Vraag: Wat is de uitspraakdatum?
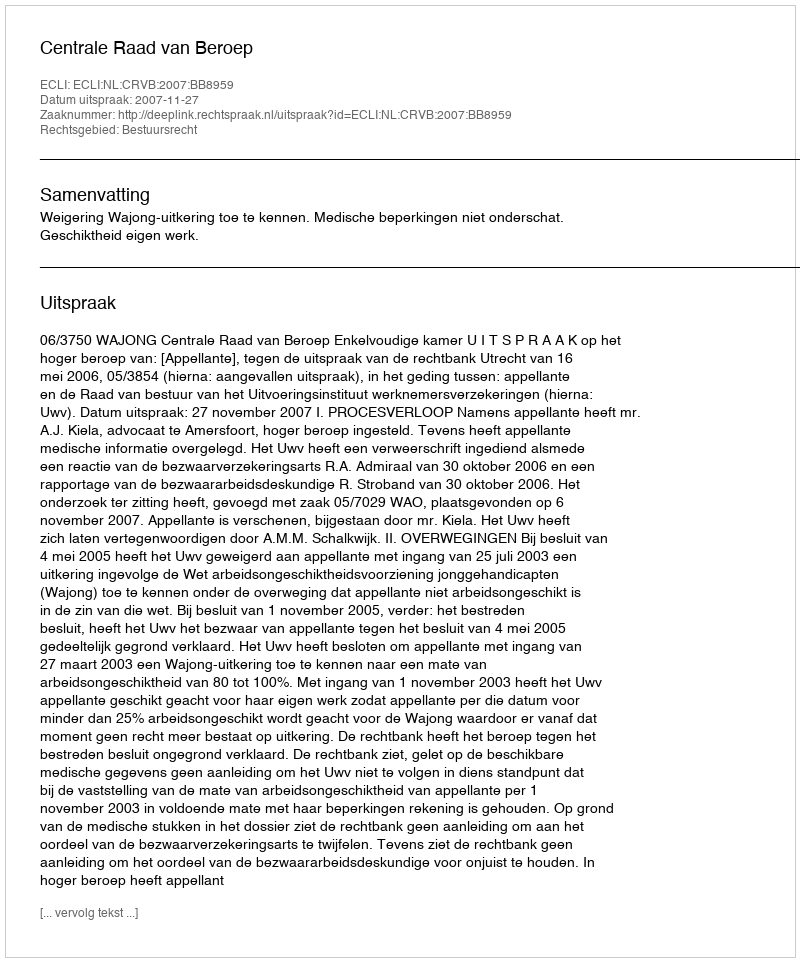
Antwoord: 2007-11-27